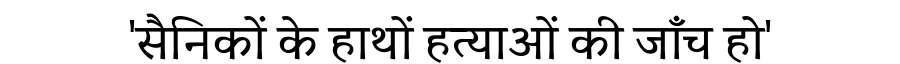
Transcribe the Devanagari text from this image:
'सैनिकों के हाथों हत्याओं की जाँच हो'